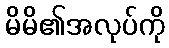
မိမိ၏အလုပ်ကို